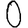
Digit: 0